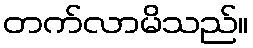
တက်လာမိသည်။